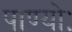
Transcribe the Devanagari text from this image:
पाण्योः